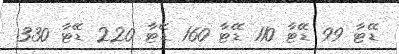
ޑޭޓާ 99 ޑޭޓާ 110 ޑޭޓާ 160 ޑޭޓާ 220 ޑޭޓާ 330